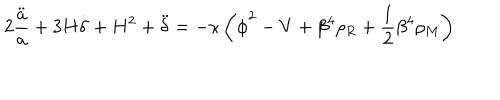
2 \frac { \ddot { a } } { a } + 3 H \dot { \delta } + H ^ { 2 } + \ddot { \delta } = - \kappa \left( \dot { \phi } ^ { 2 } - V + \beta ^ { 4 } \rho _ { R } + { \frac { 1 } { 2 } } \beta ^ { 4 } \rho _ { M } \right)